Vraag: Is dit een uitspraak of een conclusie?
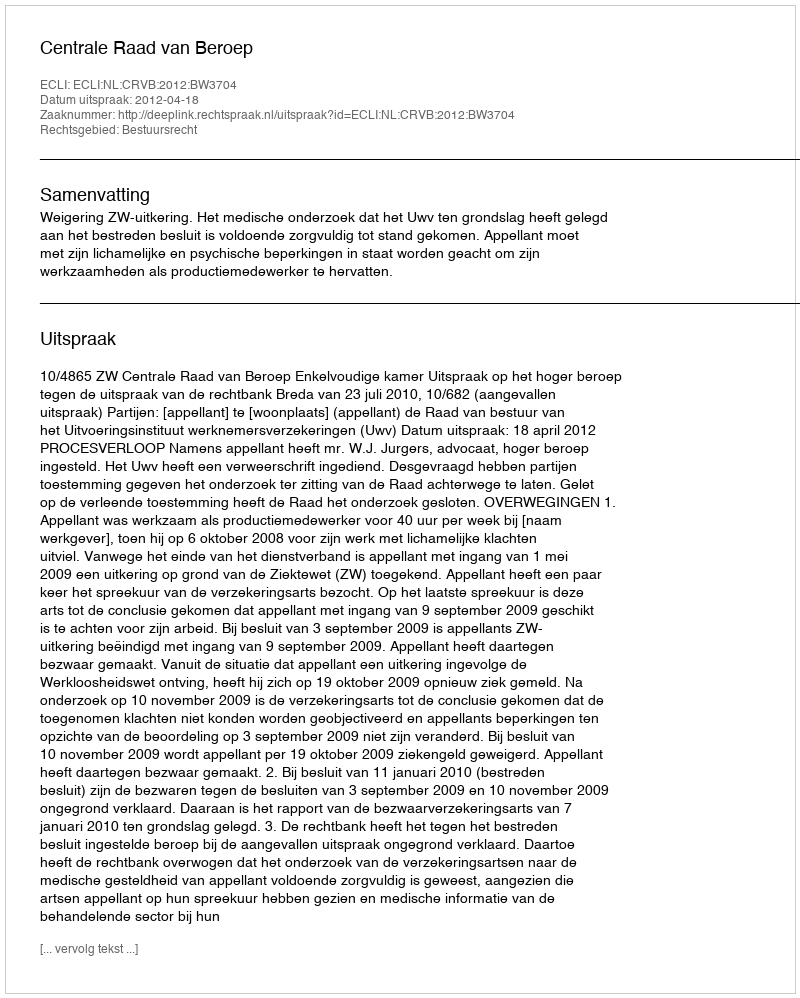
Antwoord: Uitspraak